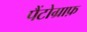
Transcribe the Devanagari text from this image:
पैंटोग्राफ़